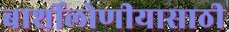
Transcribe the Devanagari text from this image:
बार्शीलोणीयासाठी